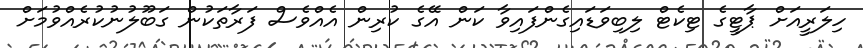
ހިލަރީއަށް ޕާޓީގެ ޓިކެޓް ލިބިވަޑައިގެންފައިވާ ކަން އޭގެ ކުރިން އެއްވެސް ފަރާތަކުން ގަބޫލުނުކުރެއްވުމަށް